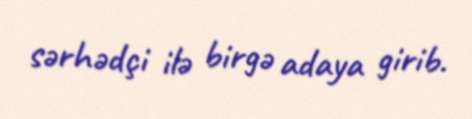
sərhədçi ilə birgə adaya girib.